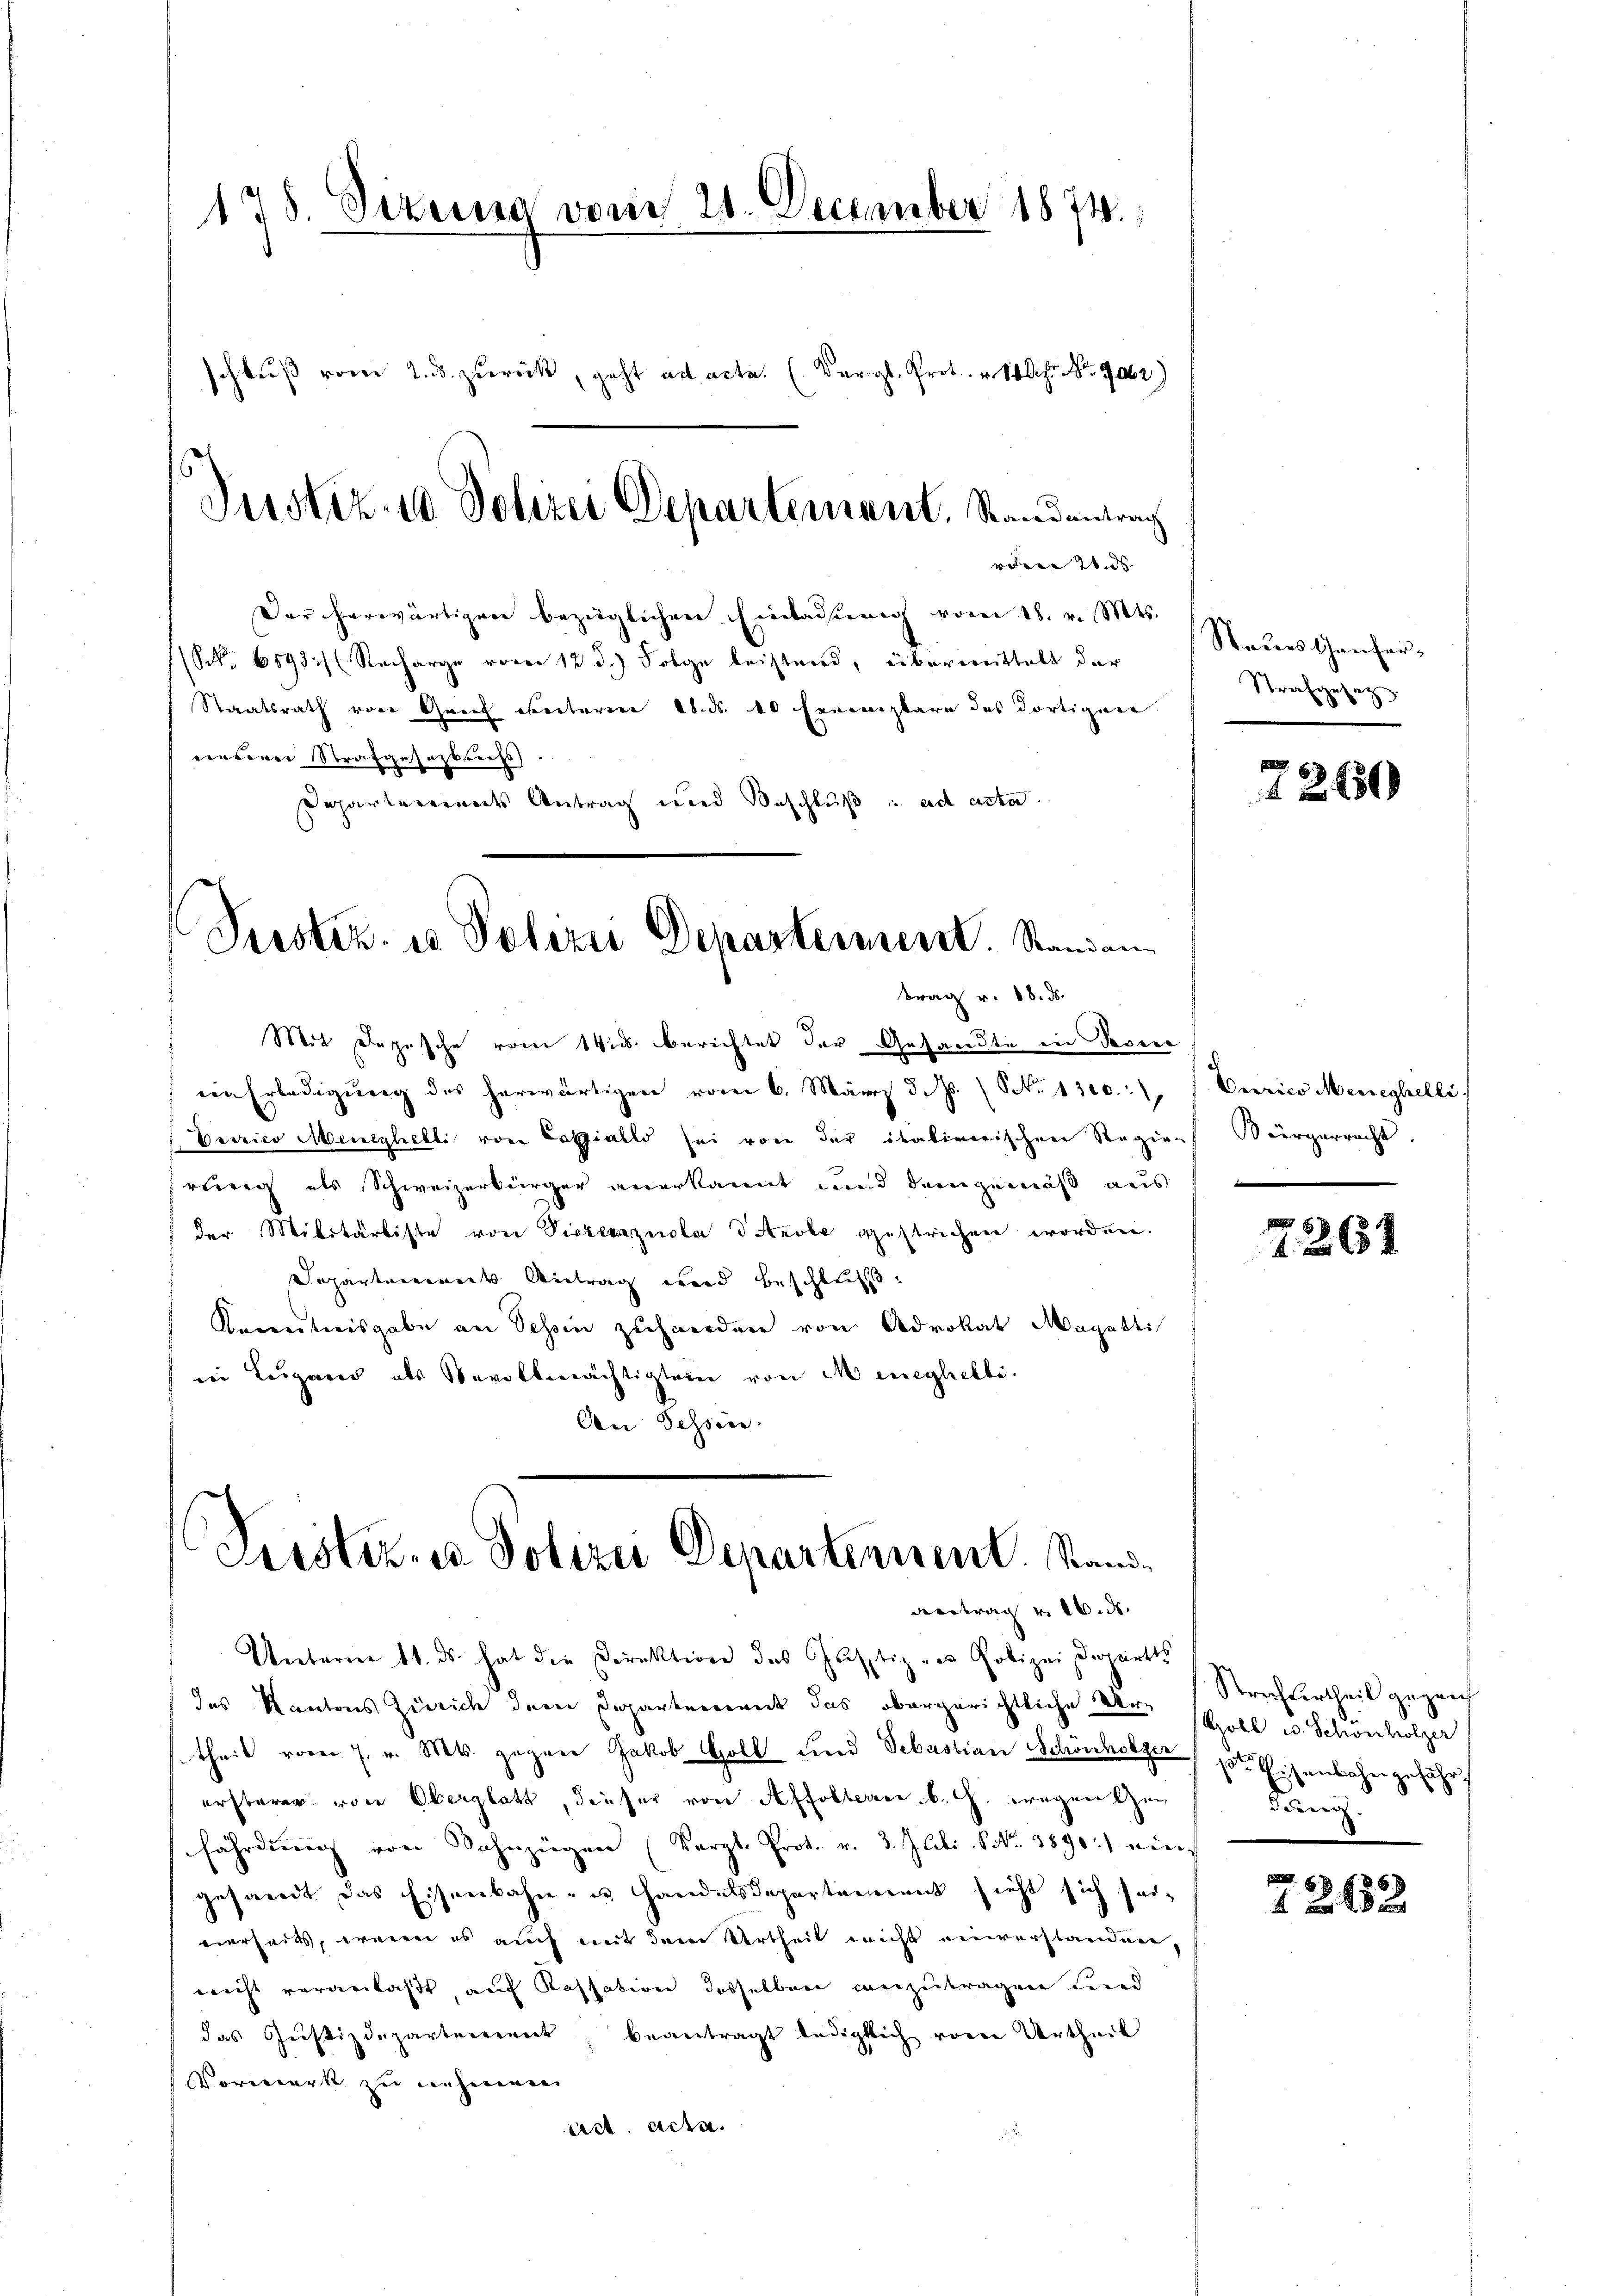
138. Sizung vom 28. December 1874.
schluß vom 2. ds. zurück, geht ad acte. (Vergl. Prot. v. 10 Uhr. No. 9062)

reten und
Der herwärtigen bezüglichen Einladung vom 18. v. Mts.
(S. 6893/ (Recharge vom 12. d.) Folge leistend, übermittelt der
Staatsrath von Greif eventarien 18. ds. 10 Fanemplare des dortigene
einderer Strafgesackents
Departemendes Antrag und Beschluß und ad acta.
Justiz- u Polizei Departement. Randan

Justiz- & Polizei Departement. Standentrag

trag v. 18. ds.

Mit Depesche vom 14.ds. berichtet der Gesandte in dasser
in Erledigŭng des herwärtigen vom 6. März d. M. (S. 1300. Curico Meneghelli
Eeirico Meneghelli von Casialls sei von der italinerischen Regien
strig als Schweizerbürger anerkannt und demgemäß aus
der Militärliste von Sicherzuola drobe gestrichen worden.
Separtement Antrag wird beschluß.
Kenntnisgabe an Schein zuhanden von Advokat Magatti
in Lugand als Bevollmächtigtern von Meneghebli
An Tessin.

Leister- u Polizei Departennent. Stande
Beantrag v. 16. ds.

Unterner 11. ds. hat die Direktion des Gustiz zur Polizei Departs
das Kantons Zürich dem Departement das obergerichtliche der Zoll u. Schönhölzer
theil vom 7. v. Mts. gegen Jakob Goll und Sebastian Schönholzer poter Weisenbahn
ersberen von Oberglatt, dieser von Affolterer B. G. wegen Gen
fährdung von Sahnzügen (Vergl. Prot. v. 3. Illi. S. 3890.) ein
gesandt das Eisenbahn- u. Handelsdepartement sieht sich seieierseits, waren es auch mit dem Urtheil nicht einverstanden,
nicht veranlaßt, auch Kassation desselben anzutragen Feind
das Justizdeparterrent beantragt lediglich von Urtheil
Vorwerk zu einhienen
Act. Acta.
1

Staues Genfer¬
Strafgesetz

7260

Bürgerrecht.
.

7261

Strachtertheil gegen
zuehr
dauch

2262